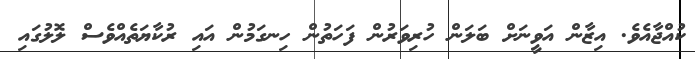
ކުއްޖާއެވެ. އިޒާން އަވީނަށް ބަލަން ހުރިވަރުން ފަހަތުން ހިނގަމުން އައި ރުކާޔަތެއްވެސް ލޮލުގައި